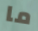
ما